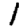
Digit: 1